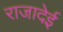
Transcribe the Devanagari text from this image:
राजादेई